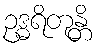
ဥဒ္ဓရိတုန္တိ